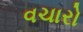
વચારો